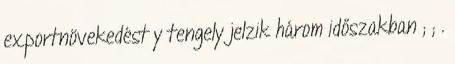
exportnövekedést y tengely jelzik három időszakban ; ; .